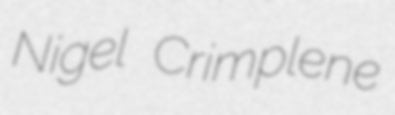
Nigel Crimplene